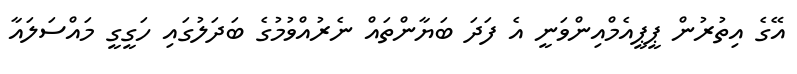
އޭގެ އިތުރުން ޕީޕީއެމްއިންވަނީ އެ ފަދަ ބަޔާންތައް ނެރުއްވުމުގެ ބަދަލުގައި ހަގީގީ މައްސަލައާ